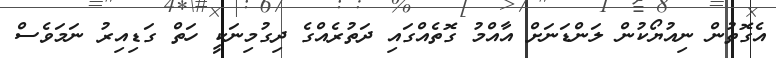
އެގޮތުން ނިއުޔޯކުން ލަންޑަނަށް އާއްމު ގޮތެއްގައި ދަތުރެއްގެ ދިގުމިނަކީ ހަތް ގަޑިއިރު ނަމަވެސް